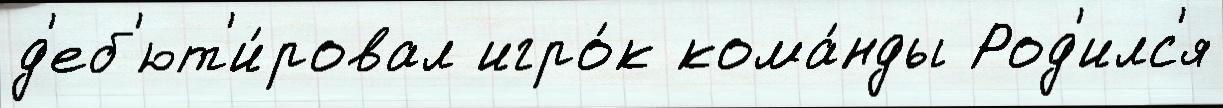
д'еб'ют'и́ровал игро́к кома́нды Род'илс'я